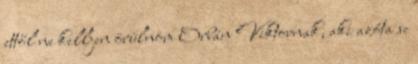
ettől ne kelljen örülnöm Orbán Viktornak, aki azóta se